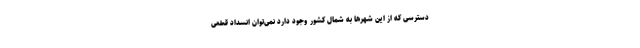
دسترسی که از این شهرها به شمال کشور وجود دارد نمی‌توان انسداد قطعی